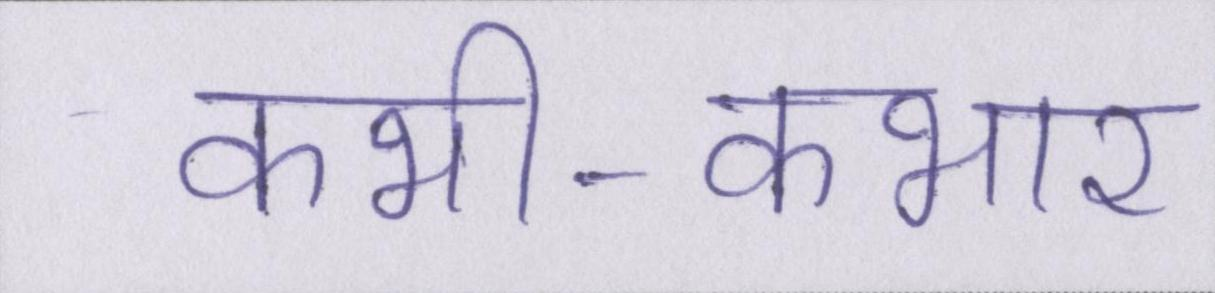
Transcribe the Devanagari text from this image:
कभी-कभार